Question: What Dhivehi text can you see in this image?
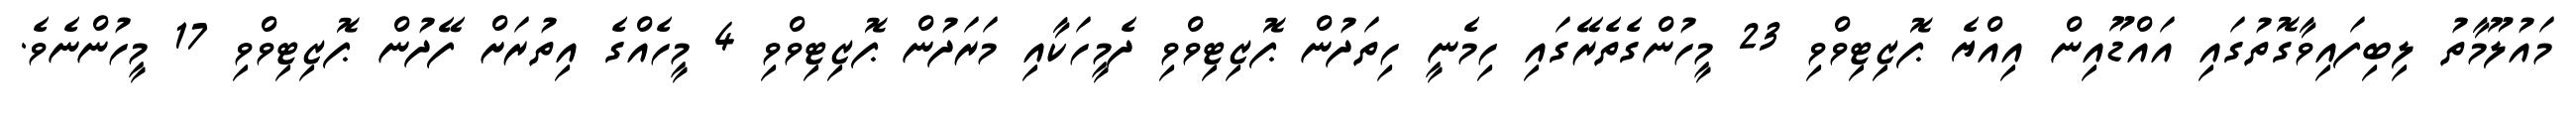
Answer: މައުލޫމާތު ލިބިފައިވާގޮތުގައި އައްޑޫއިން އިއްޔެ ޕޮޒިޓިވްވި 23 މީހުންގެތެރޭގައި ހިމެނީ ހިތަދުން ޕޮޒިޓިވްވި ދެމީހަކާއި މަރަދުން ޕޮޒިޓިވްވި 4 މީހެއްގެ އިތުރަށް ފޭދުން ޕޮޒިޓިވްވި 17 މީހުންނެވެ.